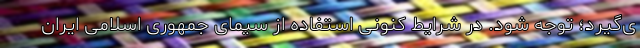
ی‌‌گیرد؛ توجه شود. در شرایط کنونی استفاده از سیمای جمهوری اسلامی ایران